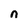
Character: n